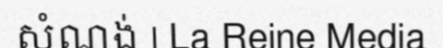
សំណង់ | La Reine Media